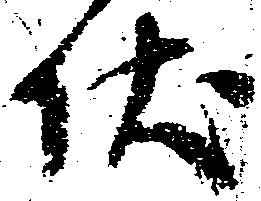
伏